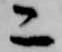
二